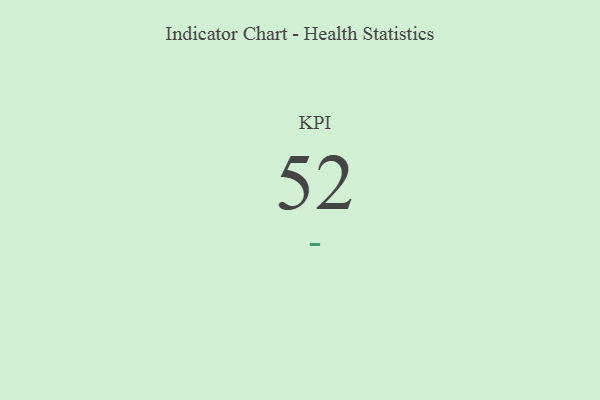
{"axis": {"x": "KPI", "y": "Value"}, "legend": [""], "data": [{"x": "KPI", "y": 52, "type": ""}]}